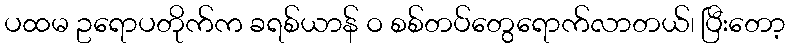
ပထမ ဥရောပတိုက်က ခရစ်ယာန် ဝ စစ်တပ်တွေရောက်လာတယ်၊ ပြီးတော့